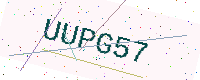
Text: UUPG57